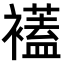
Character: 𧞔